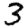
Digit: 3